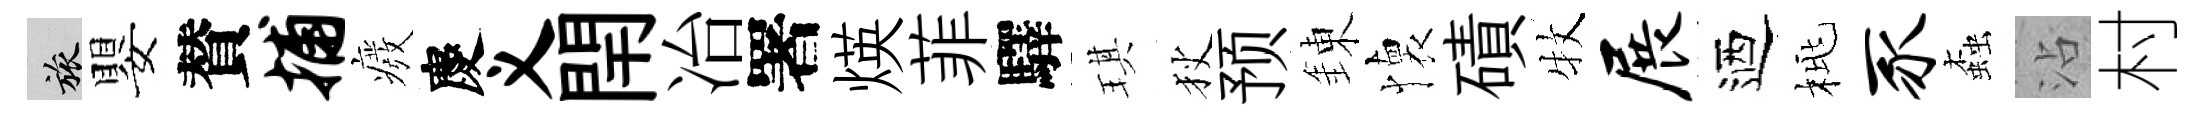
旅嬰賛捕癈慶义閈冶署煐菲驛琪狄预錬懐磧牧展迺桃豕螙沾村